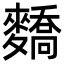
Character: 𪍷